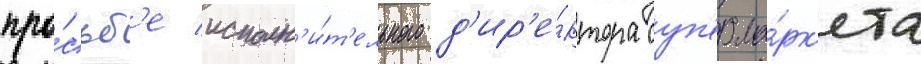
про́сьб'е исполн'и́т'ельного д'ир'е́ктора суп'ерма́рк'ета